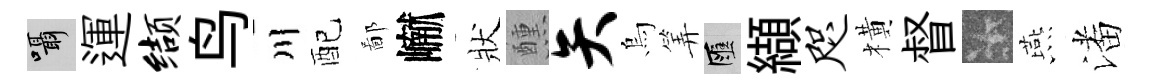
囁運缬鸟川配鄙𪩘狀醺矢烏筭匯纈咫橫督卡燕潘